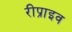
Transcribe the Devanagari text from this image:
रीप्राइव